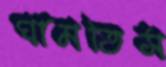
ঘামতিস